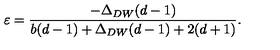
\varepsilon = { \frac { - \Delta _ { D W } ( d - 1 ) } { b ( d - 1 ) + \Delta _ { D W } ( d - 1 ) + 2 ( d + 1 ) } } .